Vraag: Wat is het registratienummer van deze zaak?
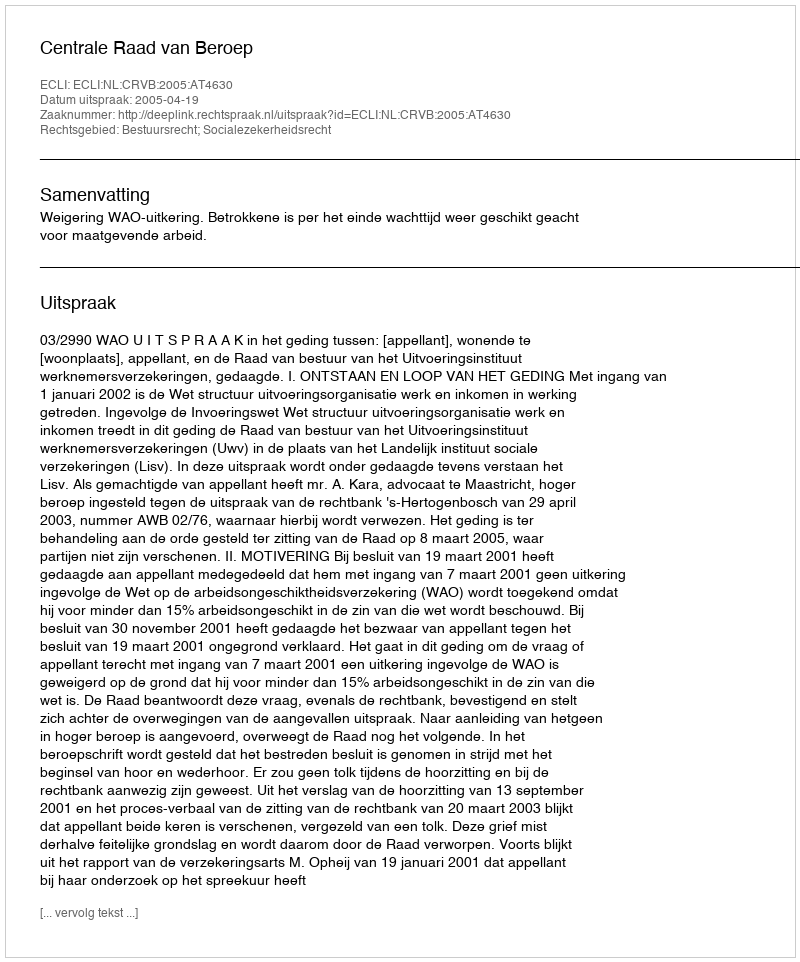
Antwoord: http://deeplink.rechtspraak.nl/uitspraak?id=ECLI:NL:CRVB:2005:AT4630